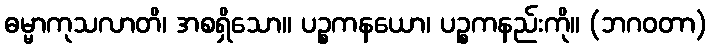
ဓမ္မာကုသလာတိ၊ အစရှိသော။ ပဉ္စကနယော၊ ပဉ္စကနည်းကို။ (ဘဂဝတာ)